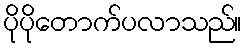
ပိုပိုတောက်ပလာသည်။